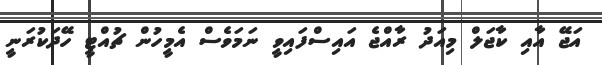
އަޖޭ އާއި ކާޖަލް މިއަދު ރާއްޖެ އައިސްފައިވީ ނަމަވެސް އެމީހުން ޗުއްޓީ ހޭދަކުރަނީ